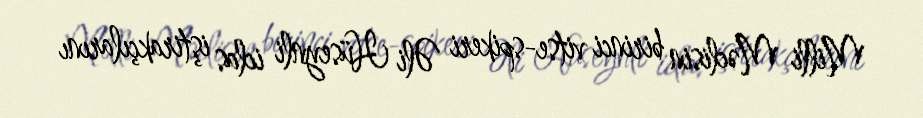
Milli Məclisin birinci vitse-spikeri Əli Hüseynli iclas iştirakçılarını